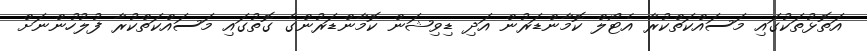
އަތޮޅުތަކުގައި މަސައްކަތްކުރާ އެޓޯލް ކޮމާންޑަރުން އަދި ޑިވިޝަން ކޮމާންޑަރުންގެ ގޮތުގައި މަސައްކަތްކުރާ ފުލުހުންނަށް